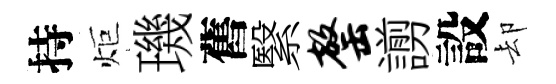
持炬璣舊繄罄謭設却